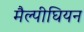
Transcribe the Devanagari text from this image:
मैल्पीघियन